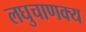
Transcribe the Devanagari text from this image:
लघुचाणक्य